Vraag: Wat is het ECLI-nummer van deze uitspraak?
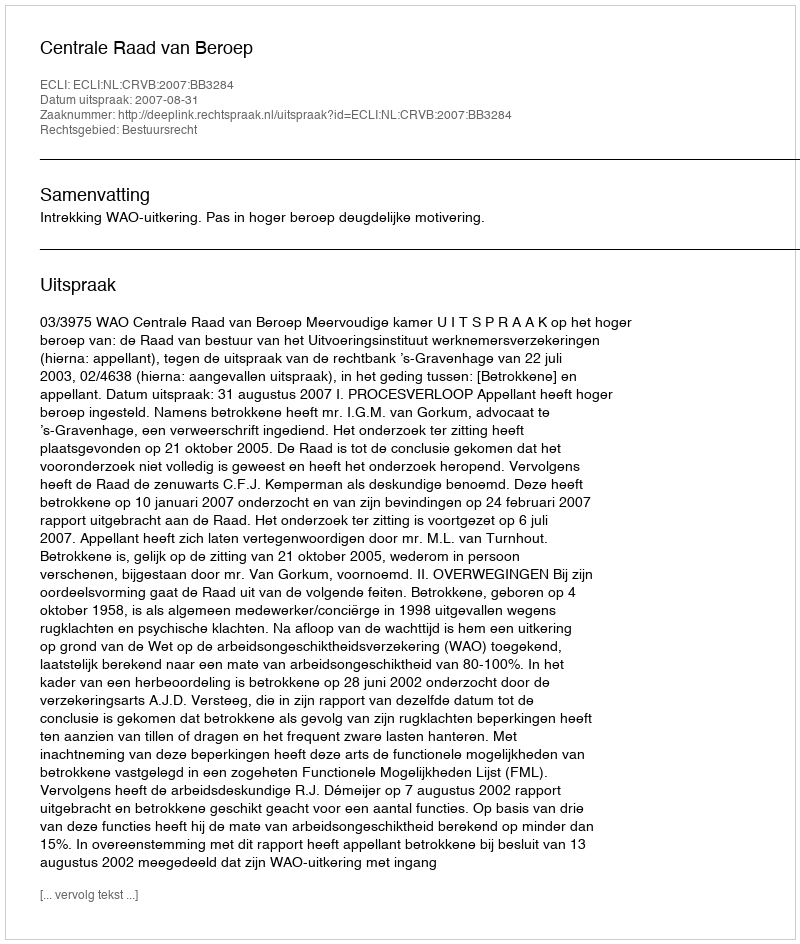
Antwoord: ECLI:NL:CRVB:2007:BB3284